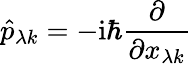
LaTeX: \hat{p}_{\lambda k}=-\mathrm{i}\hbar\frac{\partial}{\partial x_{\lambda k}}